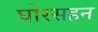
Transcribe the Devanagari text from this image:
घोरसहन